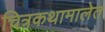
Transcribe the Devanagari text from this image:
चित्रकथामालेत